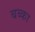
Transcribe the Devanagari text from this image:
बब्का